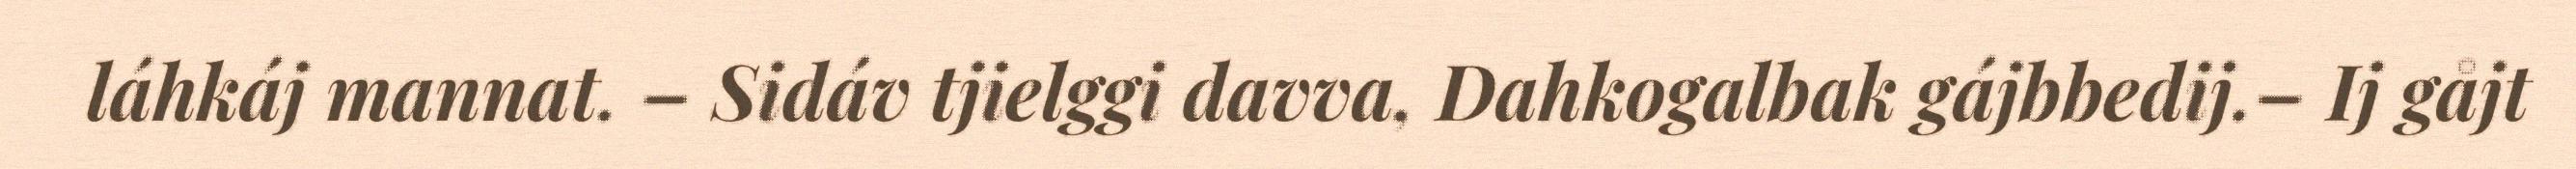
láhkáj mannat. – Sidáv tjielggi davva, Dahkogalbak gájbbedij.– Ij gåjt